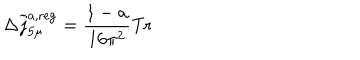
\Delta \widetilde { j } _ { 5 \mu } ^ { a , \mathrm { r e g } } = \frac { 1 - a } { 1 6 \pi ^ { 2 } } \mathrm { T r }